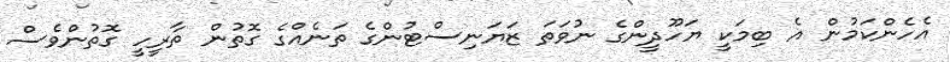
އެހެންކަމުން އެ ބިމަކީ ޔަހޫދީންގެ ނުވަތަ ޒަޔަނިސްޓުންގެ ތަނެއްގެ ގޮތުން ތާރީހީ ގޮތުންވެސް